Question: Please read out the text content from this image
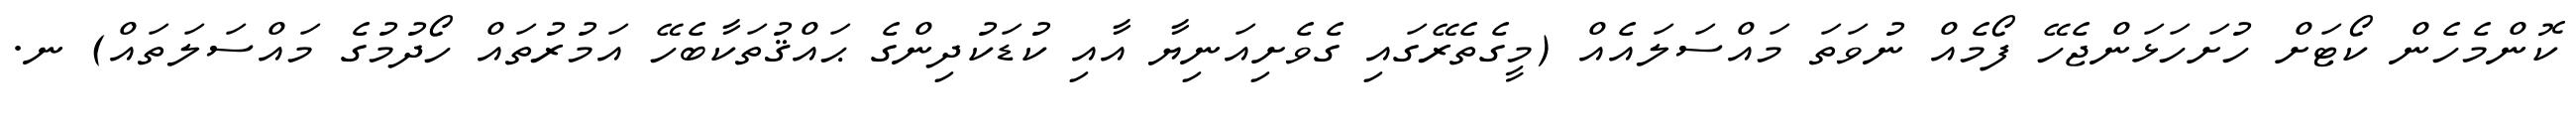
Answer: ކޮންމެހެން ކޯޓަށް ހުށަހަޅަންޖެހޭ ފޯމެއް ނުވަތަ މައްސަލައެއް (މީގެތެރޭގައި ގެވެށިއަނިޔާ އާއި ކުޑަކުދިންގެ ޙައްޤުތަކާބެހޭ އަމުރުތައް ހޯދުމުގެ މައްސަލަތައް) ނ.